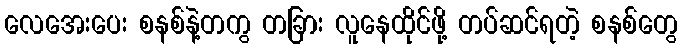
လေအေးပေး စနစ်နဲ့တကွ တခြား လူနေထိုင်ဖို့ တပ်ဆင်ရတဲ့ စနစ်တွေ